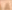
A